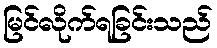
မြင်လိုက်ရခြင်းသည်